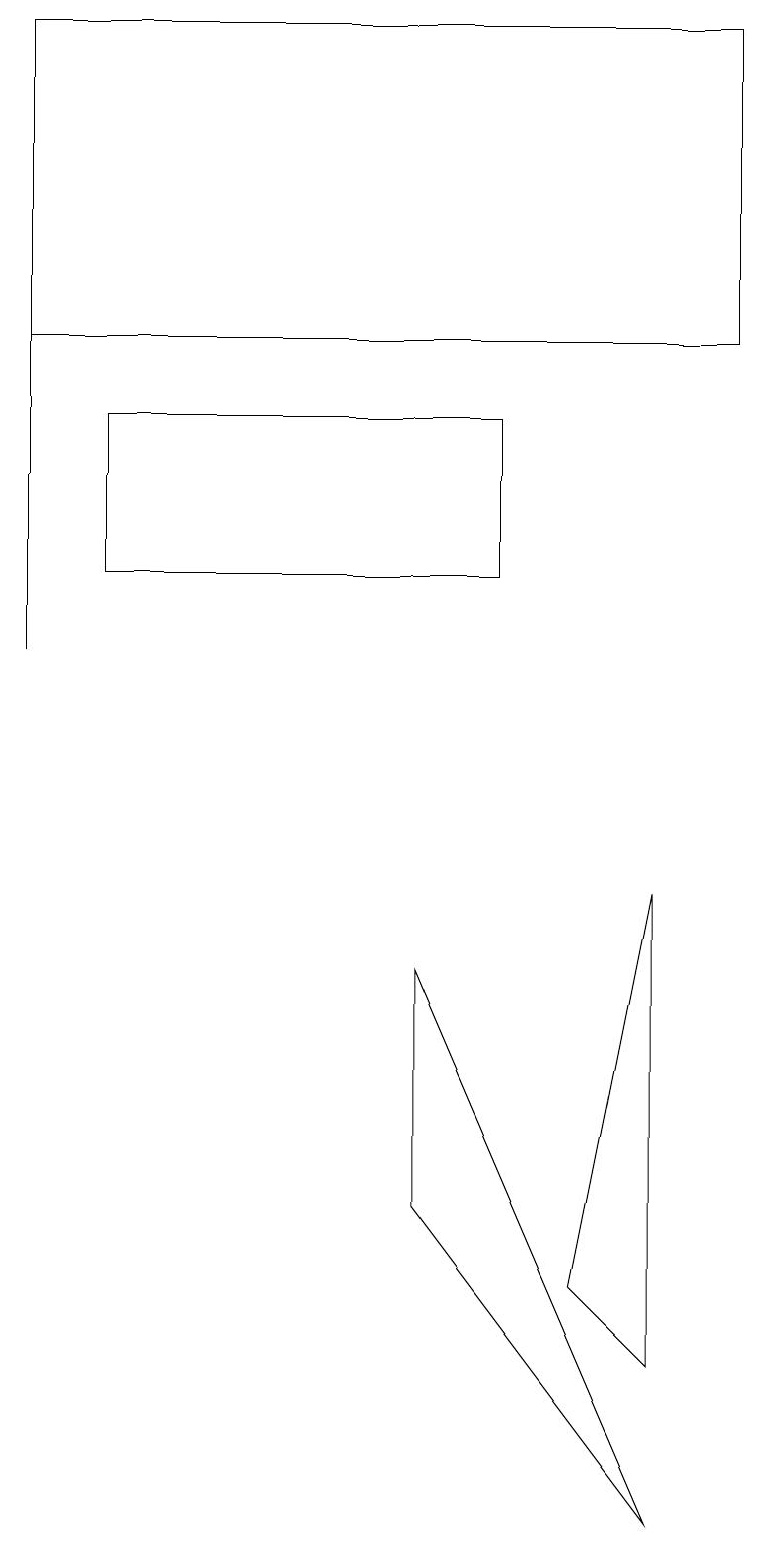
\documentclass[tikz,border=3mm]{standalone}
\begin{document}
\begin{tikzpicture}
\draw (8,2) -- (7,3) -- (8,8) -- cycle;
\draw (0,11) rectangle (0,15);
\draw (6,12) rectangle (1,14);
\draw (9,19) rectangle (0,15);
\draw (8,0) -- (5,4) -- (5,7) -- cycle;
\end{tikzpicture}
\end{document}